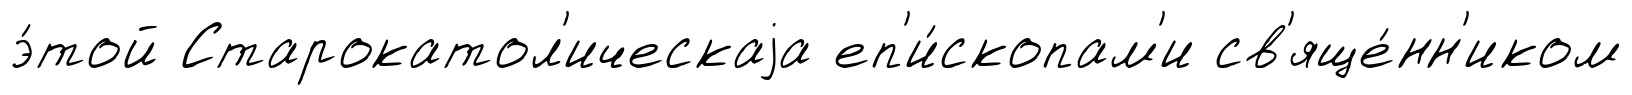
э́той Старокатол'ическаjа еп'и́скопам'и св'яще́нн'иком